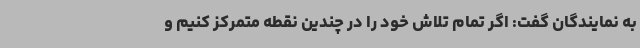
به نمایندگان گفت: اگر تمام تلاش خود را در چندین نقطه متمرکز کنیم و